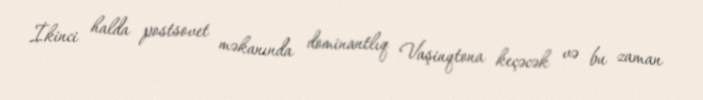
İkinci halda postsovet məkanında dominantlıq Vaşinqtona keçəcək və bu zaman